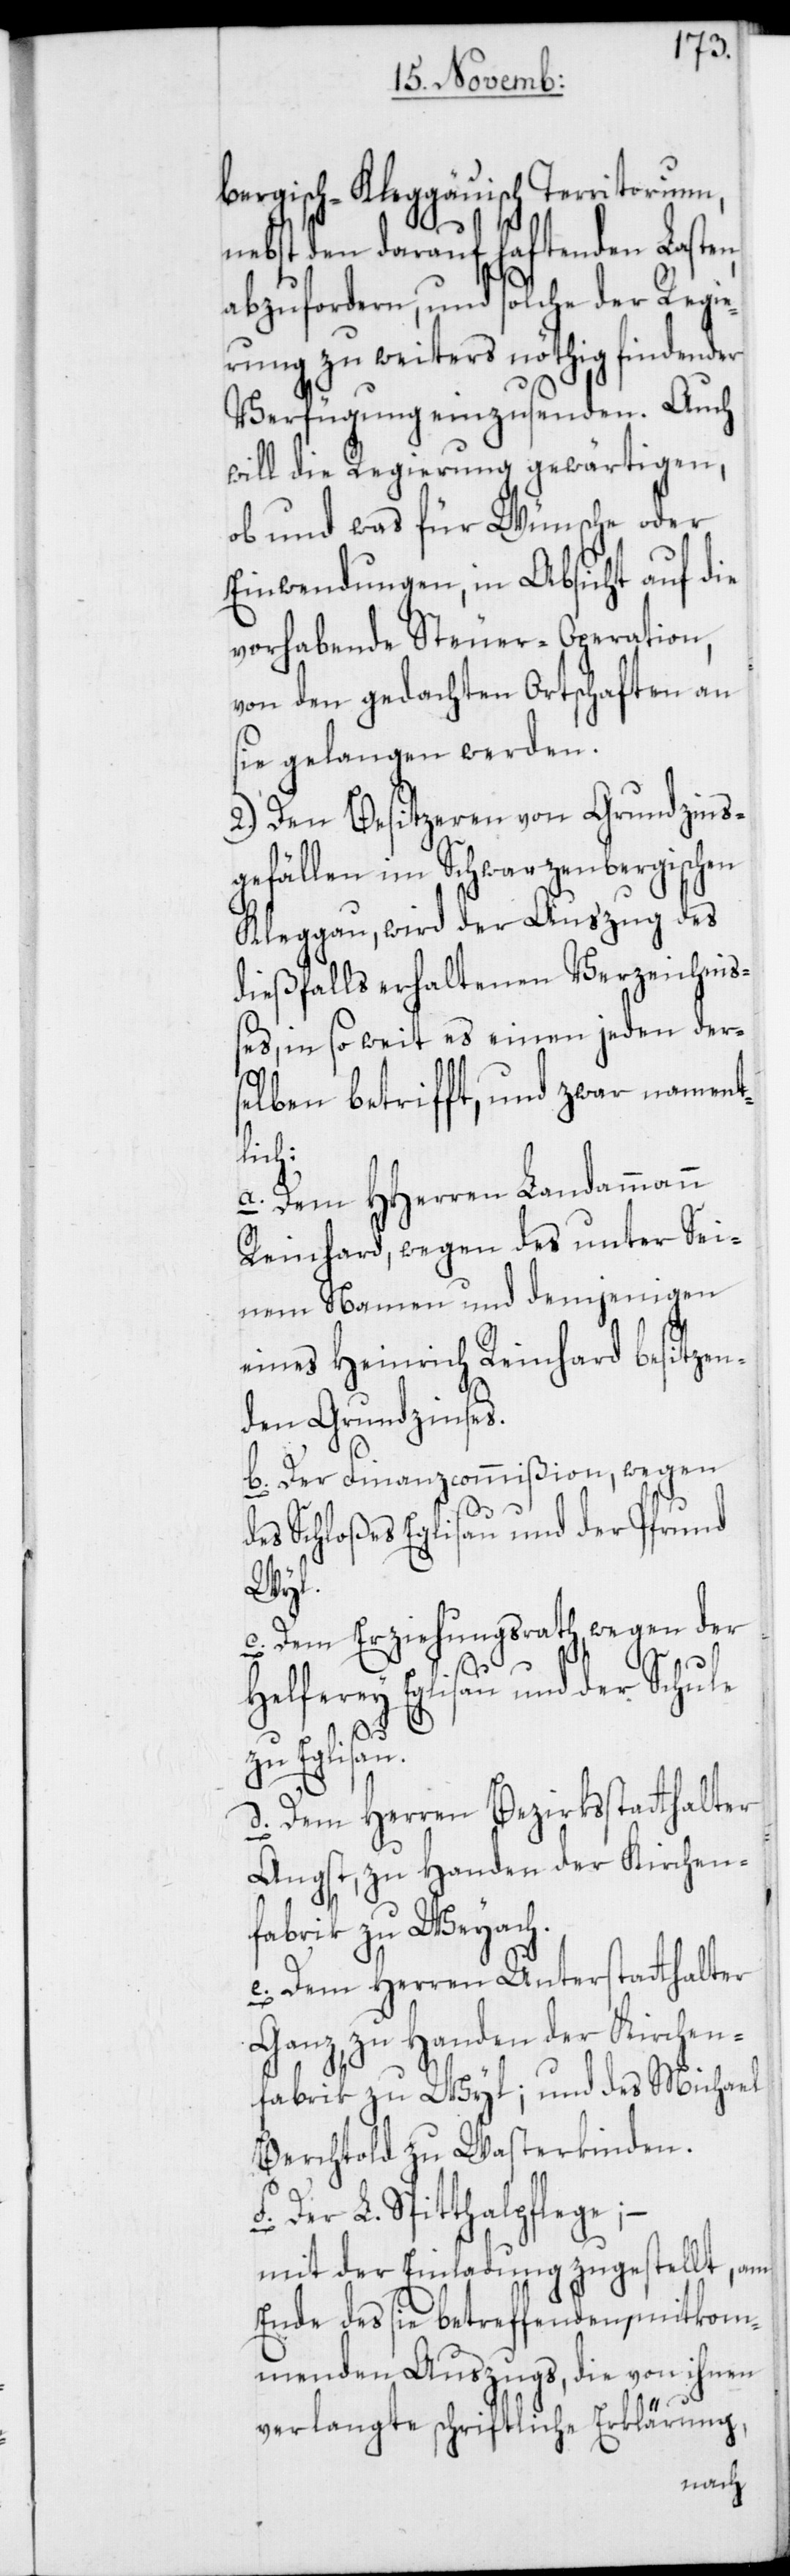
bergisch-Kleggäuischen Territorium,
nebst den darauf haftenden Laste¬
abzuforderen, und solche der Regie¬
rung zu weiters nöthig findender
Verfügung einzusenden. Auch
will die Regierung gewärtigen,
ob und was für Wünsche oder
Einwendungen, in Absicht auf die
vorhabende Steuer-Operation,
von den gedachten Ortschaften an
sie gelangen werden.
2.) Den Besitzeren von Grundzins¬
gefällen im Schwarzenbergischen
Kleggau, wird der Auszug des
dießfalls erhaltenen Verzeichniß¬
es, in so weit es einen jeden ders¬
elben betrifft, und zwar nament¬
lich:
a. Dem HHerren Landammann
Reinhard, wegen des unter Sei¬
nem Namen und demjenigen
eines Heinrich Reinhard besitzen¬
den Grundzinses.
b. Der Finanzcommißion, wegen
des Schloßes Eglisau und der Pfrund
Wyl.
c. Dem Erziehungsrath, wegen der
n,
Helferey Eglisau und der Schule
zu Eglisau.
d. Dem Herren Bezirksstatthalter
Angst, zu Handen der Kirchen¬
fabrik zu Weyach.
e. Dem Herren Unterstatthalter
Ganz, zu Handen der Kirchen¬
fabrik zu Wyl; und des Michael
Berchtold zu Wasterkinden.
f. Der L. Spitalpflege; –
mit der Einladung zugestellt, am
Ende des sie betreffenden mitkom¬
menden Auszugs, die von ihnen
verlangte schriftliche Erklärung,